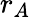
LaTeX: r_{A}